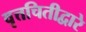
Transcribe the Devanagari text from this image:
वृत्तचितीद्वारे